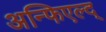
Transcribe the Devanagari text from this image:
अन्फिएल्द्